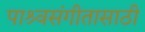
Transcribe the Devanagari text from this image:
पाश्र्वसंगीतासाठी